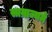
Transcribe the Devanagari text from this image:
साम्राज्यमें